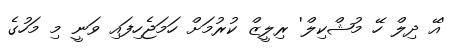
'އޭ ދިލް ހޭ މުޝްކިލް' ރިލީޒް ކުރުމަށް ހަމަޖެހިފައި ވަނީ މި މަހުގެ